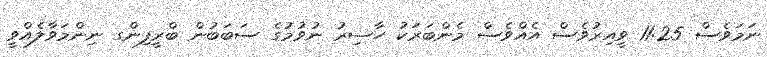
ނަމަވެސް 11:25 ވީއިރުވެސް އެއްވެސް މެންބަރަކު ހާޟިރު ނުވުމުގެ ސަބަބުން ބްރީފިންގ ނިންމަވާލެއްވީ